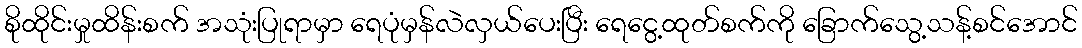
စိုထိုင်းမှုထိန်းစက် အသုံးပြုရာမှာ ရေပုံမှန်လဲလှယ်ပေးပြီး ရေငွေ့ထုတ်စက်ကို ခြောက်သွေ့သန့်စင်အောင်